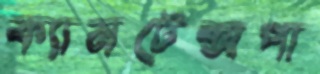
ক্যামটেক্সপা